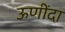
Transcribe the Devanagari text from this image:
ऊणींदा